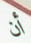
أن